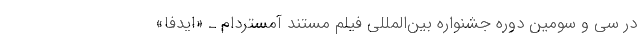
در سی و سومین دوره جشنواره بین‌المللی فیلم مستند آمستردام ـ «ایدفا»